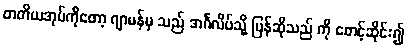
တတိယအုပ်ကိုတော့ ဂျာမန်မှ သည် အင်္ဂလိပ်သို့ ပြန်ဆိုသည် ကို စောင့်ဆိုင်း၍